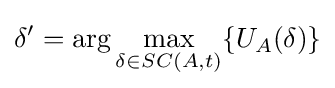
\delta '=\arg \max _{\delta \in {SC(A,t)}}\{U_{A}(\delta )\}